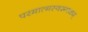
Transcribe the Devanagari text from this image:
परमात्मस्वरूपकम्